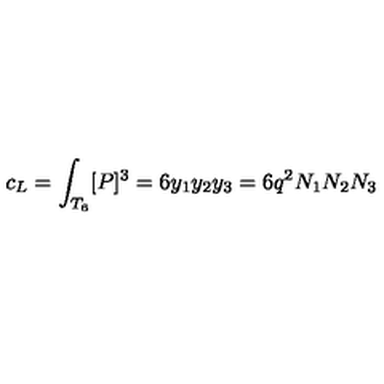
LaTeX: c _ { \small L } = \int _ { T _ { 6 } } [ P ] ^ { 3 } = 6 y _ { 1 } y _ { 2 } y _ { 3 } = 6 q ^ { 2 } N _ { 1 } N _ { 2 } N _ { 3 }